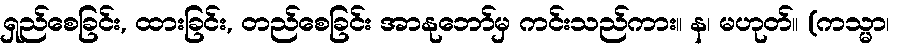
ရှည်စေခြင်း, ထားခြင်း, တည်စေခြင်း အာနုဘော်မှ ကင်းသည်ကား။ န၊ မဟုတ်။ (ကသ္မာ၊